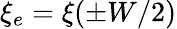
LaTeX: \xi_{e}=\xi(\pm W/2)